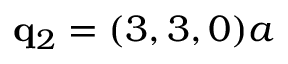
\mathbf { q } _ { 2 } = ( 3 , 3 , 0 ) a